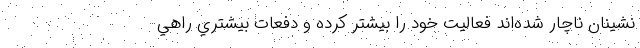
نشينان ناچار شده‌اند فعاليت خود را بيشتر كرده و دفعات بيشتري راهي